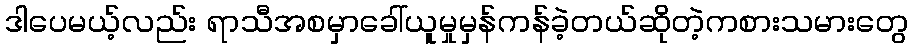
ဒါပေမယ့်လည်း ရာသီအစမှာခေါ်ယူမှုမှန်ကန်ခဲ့တယ်ဆိုတဲ့ကစားသမားတွေ